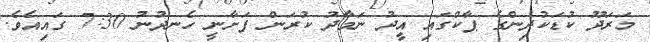
މަރަދޫ ކުޑަކުދިންގެ ޕާކްގައި އީދު ނަމާދު ކުރަން ފަށާނީ ހެނދުނު 7:30 ގައިއެވެ.